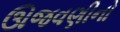
ઊજવણીનો